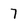
Character: 7